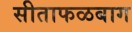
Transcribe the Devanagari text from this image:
सीताफळबाग